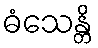
ဓံသေန္တိ